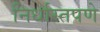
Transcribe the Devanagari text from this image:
निर्धास्तपणे